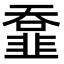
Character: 𩐄